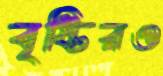
বৃষ্টিরও